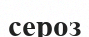
сероз